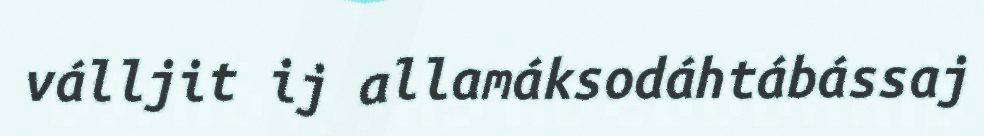
válljit ij allamáksodáhtábássaj